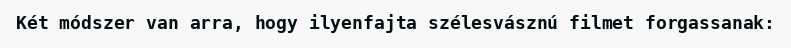
Két módszer van arra, hogy ilyenfajta szélesvásznú filmet forgassanak: